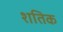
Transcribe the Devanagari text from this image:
शतिक